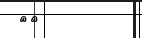
٣٥